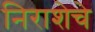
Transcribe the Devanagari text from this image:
निराशेचे